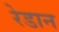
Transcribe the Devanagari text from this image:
रेडान